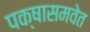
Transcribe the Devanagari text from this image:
पक्षासमवेत